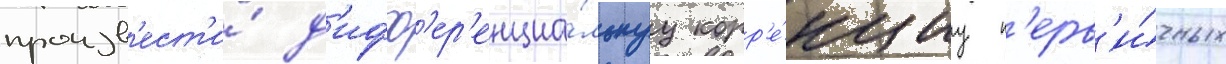
произв'ест'и́ д'ифф'ер'енциа́льнуу корр'е́кциу п'ерв'и́чных